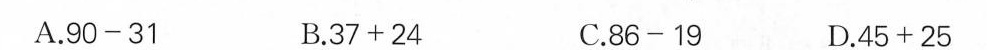
A.$ $ 9 0 - 3 1 $ $ B.$ $ 3 7 + 2 4 $ $ C.$ $ 8 6 - 1 9 $ $ D.$ $ 4 5 + 2 5 $ $